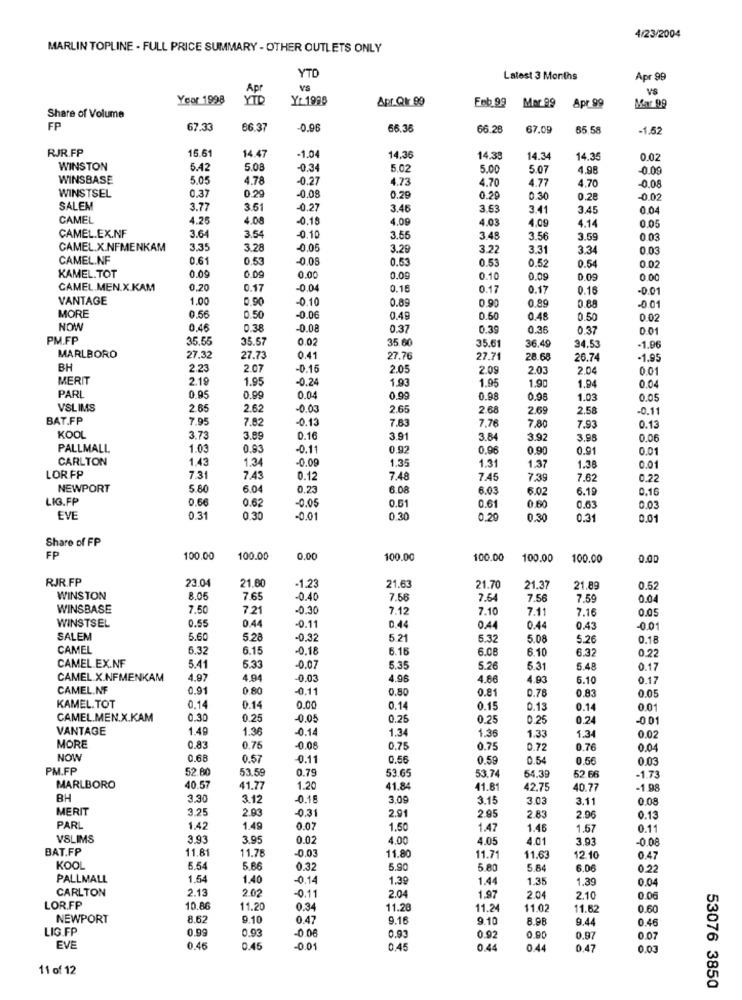
4/23/2004
MARLIN TOPLINE - FULL PRICE SUMMARY - OTHER OUTLETS ONLY
YTD
Latest 3 Months
Apr 99
Apr
VS
Yeor 1998
YTD
Yr 1988
Apr. Qir 99
Feb 99
Mar 99
Apr 99
Mar 99
Share of Volume
FP
67.33
66.37
0.96
66.36
66.28
67.09
65.58
-1.52
RJR.FP
15.6
14.47
1.04
14.36
14.38
14.34
14.35
0.02
WINSTON
5.42
5.08
-0.34
5.02
5.00
5.07
4.98
0.09
WINSBASE
5.05
4.78
-0.27
4.73
4.70
4.77
0.37
0.20
-0.08
4.70
-0.08
WINSTSEL
0.29
0.20
0.30
0.28
-0.02
SALEM
3.77
3.51
-0.27
3.46
3.53
3.41
3.45
0.04
CAMEL
4.25
4.08
-0.15
4.09
4.03
4.14
0.05
4.09
CAMEL.EX.NF
3.64
3.54
-0.10
3.55
3 .48
3.56
3.59
0.03
CAMEL.X.NFMENKAM
3.35
3.28
-0.06
3.29
3.22
3.31
3.3
0.03
CAMEL.NF
0.61
0.53
0.08
0.53
0.53
0.54
KAMEL.TOT
0.52
0.02
0.09
0.09
0.00
0.09
0.10
0.09
0.09
0.00
CAMEL.MEN.X.KAM
0.20
0.17
-0.04
0.1€
0.17
0.17
0.16
-0.01
VANTAGE
1.00
0.90
-0.10
0.89
0.90
0.89
MORE
0.88
001
0.56
0.50
-0.06
0.49
0.50
0.48
0.50
0.02
NOW
0.46
0.38
-0.08
0.37
0.39
0.36
0.37
0.01
PM.FP
35.55
35.5
0.02
35.60
35.61
36.49
34.53
-1.96
MARLBORO
27.32
27.7
0.41
27.76
27.71
28.68
26.74
-1.95
BH
2.23
2.07
-0.15
2.05
2.09
2.03
2.04
MERIT
2.19
1.95
0.24
1.93
1.95
1.90
PARL
1.94
0.04
0.95
0.99
0.04
0.99
0.98
0.96
1.03
0.05
VSLIMS
2.65
2.62
-0.03
2.65
2.68
2.69
2.58
-0.11
BAT.FP
7.95
7.82
-0.13
7.63
7,76
7.80
7,93
0.13
KOOL
3.73
3.89
D.16
3.91
3.84
3.92
3.98
0.06
PALLMALL
1.03
0.93
-0.11
0.92
0.96
0.90
0.91
0.01
CARLTON
1.43
1.34
-0.09
1.35
1.31
1.37
1.38
0.01
LORFP
7.31
7.43
0.12
7.48
7.45
7,39
7.62
0.22
NEWPORT
5.80
6.04
0.23
6.08
6.03
6.02
6.19
0.16
LIG.FP
0.66
-0.05
0.62
0.51
0.61
0.60
0.63
0.03
EVE
0.31
0.30
-0.01
0.30
0.29
0.30
0.31
0.01
Share of FP
FP
100.00
100.00
.00
100.00
100.00
100.00
100.00
0.00
RJR.FP
-1.23
21.63
23.04
21.00
21.70
21.37
21.89
0.52
WINSTON
8.05
7.65
0.40
7.56
7.64
7.56
7.59
0.04
WINSBASE
7.50
7.21
-0.30
7.12
7.10
7.11
7.16
0.05
WINSTSEL
0.55
0.44
-0.11
0.44
0.44
0.44
0.43
-0.01
SALEM
5.60
5.28
-0.32
5.21
6.32
5.08
5.26
0.18
CAMEL
5.32
6.15
-0.18
6.15
6.08
6.10
6.32
CAMEL.EX.NF
0.22
5.41
5.33
-0.07
5.35
5.26
5.31
5.48
0.17
CAMEL X.NFMENKAM
4.97
4.94
0.03
4.96
4.86
4.93
6.10
0.17
CAMEL.NF
0.91
0.80
-0.11
0.80
0.76
0.83
0.05
0.81
KAMEL.TOT
0.14
0.14
0.00
0.14
0.15
0.13
0.14
0.01
CAMEL.MEN.X.KAM
0.30
0.25
-0.05
0.25
0.25
0.25
0.24
-0.01
VANTAGE
1.49
1.36
0.14
1.34
1.36
1.33
1.34
0.02
MORE
0.83
0.75
-0.08
0.75
0.75
0.72
0.76
0.04
NOW
0.68
0.57
-0.11
0.56
0.59
0.54
0.56
0.03
PM.FF
52 80
53.59
0.79
53.65
53.74
64.39
62 66
-1.73
MARLBORO
40.57
41.77
1.20
41.84
41.81
42.75
40.77
-1.98
BH
3.30
3.12
0.19
3.09
3.15
3.03
3.11
0.08
MERIT
3.25
2.93
-0.31
2.91
2.95
2.83
2.96
0.13
PARL
1.42
1.49
0.07
1.50
1.47
1.46
1.57
0.11
VSLIMS
3.93
3.95
0.02
4.00
4.05
4.01
3.93
-0.08
BAT.FP
11.81
11.76
-0.03
11.80
11.71
1.63
12.10
0.47
KOOL
5.54
5.66
0.32
5.90
5.80
5.84
6.06
0.22
PALLMALL
1.54
1.40
0.14
1.39
1.44
1.35
1.39
0.04
CARLTON
2.13
2.02
2.04
0.11
1.97
2.04
2.10
0.00
LOR.FP
10.86
11.20
0.34
11.28
11.24
11.02
11.62
0.60
NEWPORT
8.62
9.10
0.47
9.16
9.10
8.98
9.44
0.46
LIG.FP
0.99
0.93
0.93
0.92
0.90
0.97
0.07
EVE
0.46
0.45
-0.01
0,45
0.44
0.44
0.47
0.03
11 of 12
53076 3850